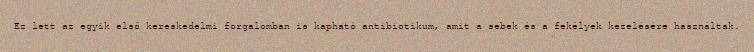
Ez lett az egyik első kereskedelmi forgalomban is kapható antibiotikum, amit a sebek és a fekélyek kezelésére használtak.